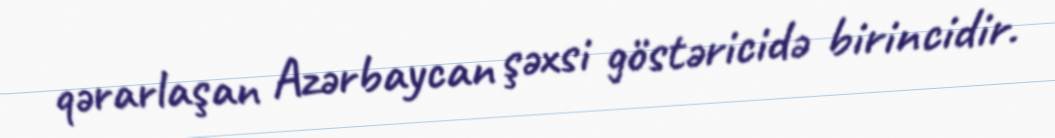
qərarlaşan Azərbaycan şəxsi göstəricidə birincidir.